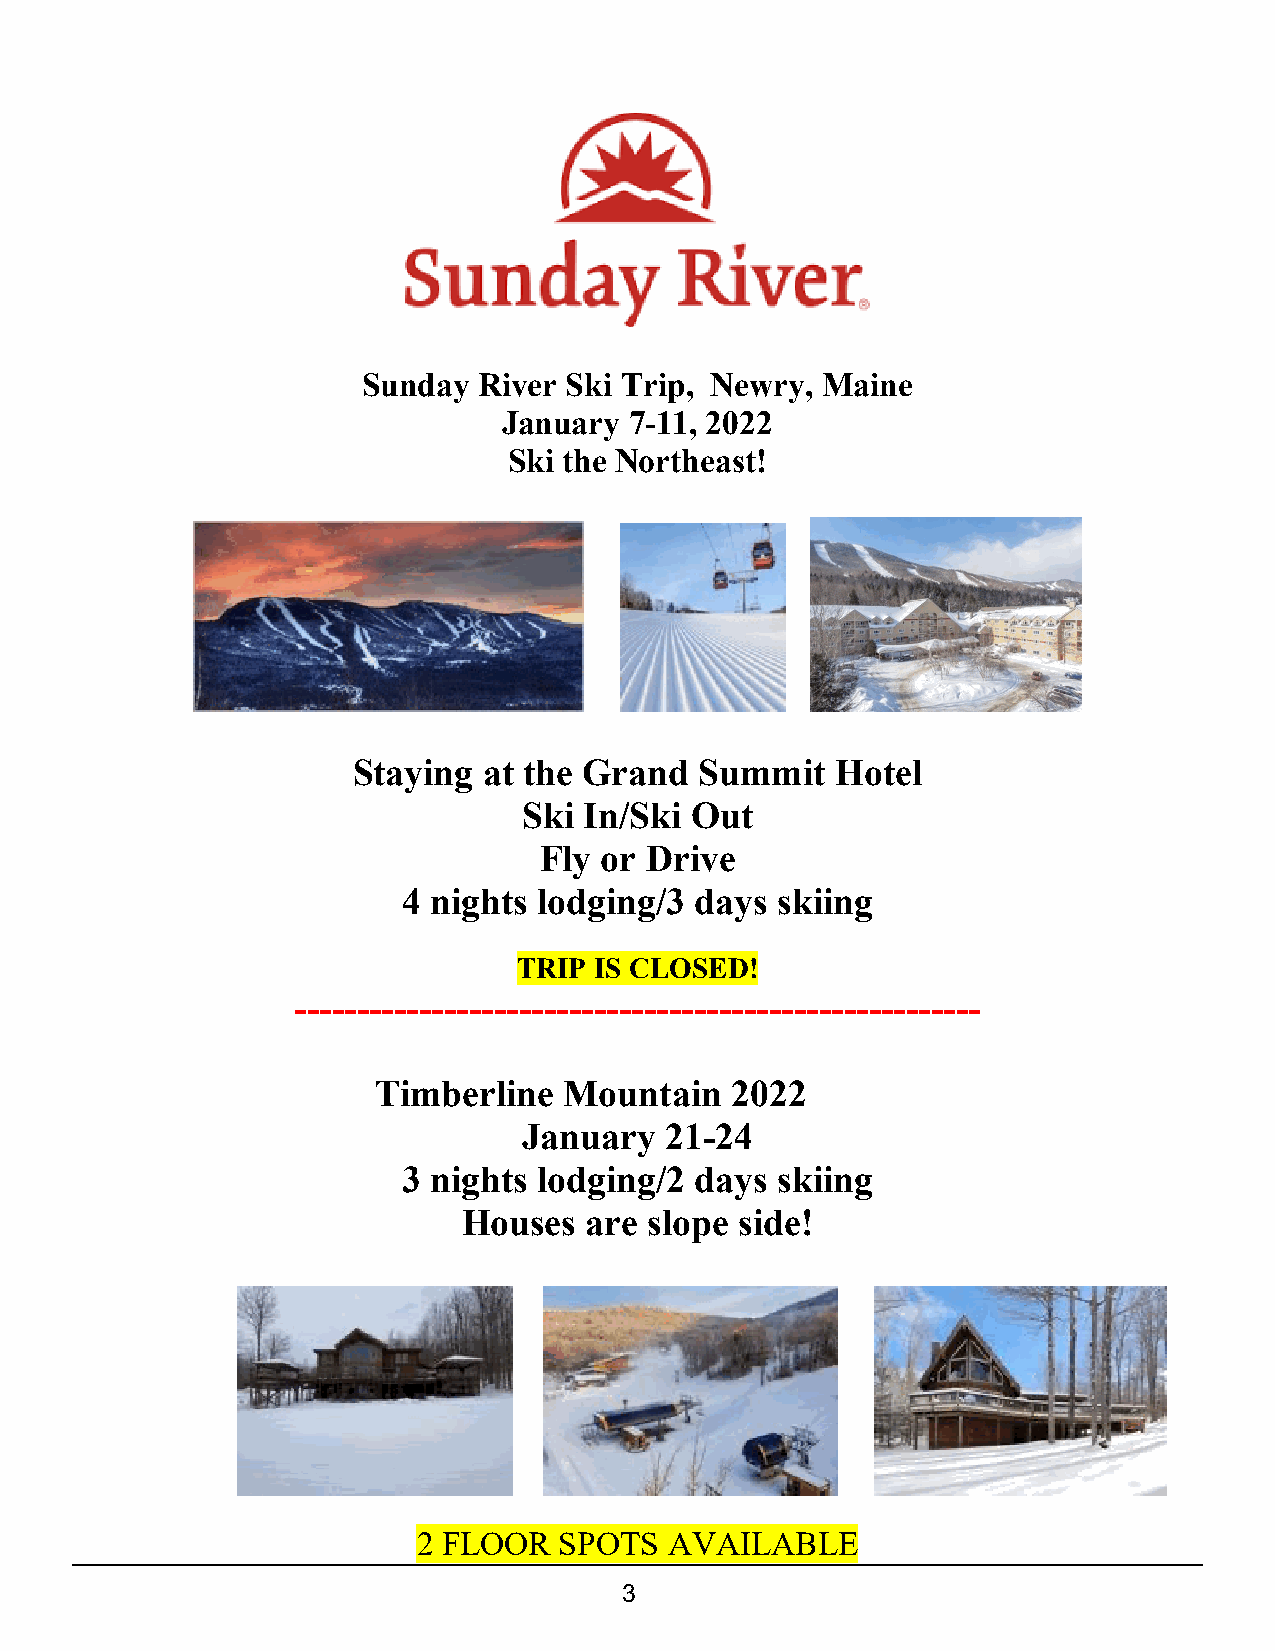
Sunday  River Ski Trip, Newry, Maine
 January  7-11, 2022
 Ski the Northeast!
 Staying  at the Grand  Summit   Hotel
 Ski In/Ski Out
 Fly or Drive
 4 nights lodging/3 days skiing
 TRIP IS CLOSED!
 -------------------------------------------------------
 Timberline  Mountain   2022
 January  21-24
 3 nights lodging/2 days skiing
 Houses  are slope side!
 2 FLOOR  SPOTS  AVAILABLE
 3